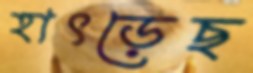
হাৎড়েছ